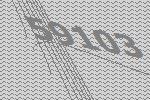
59103